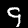
Label: 9